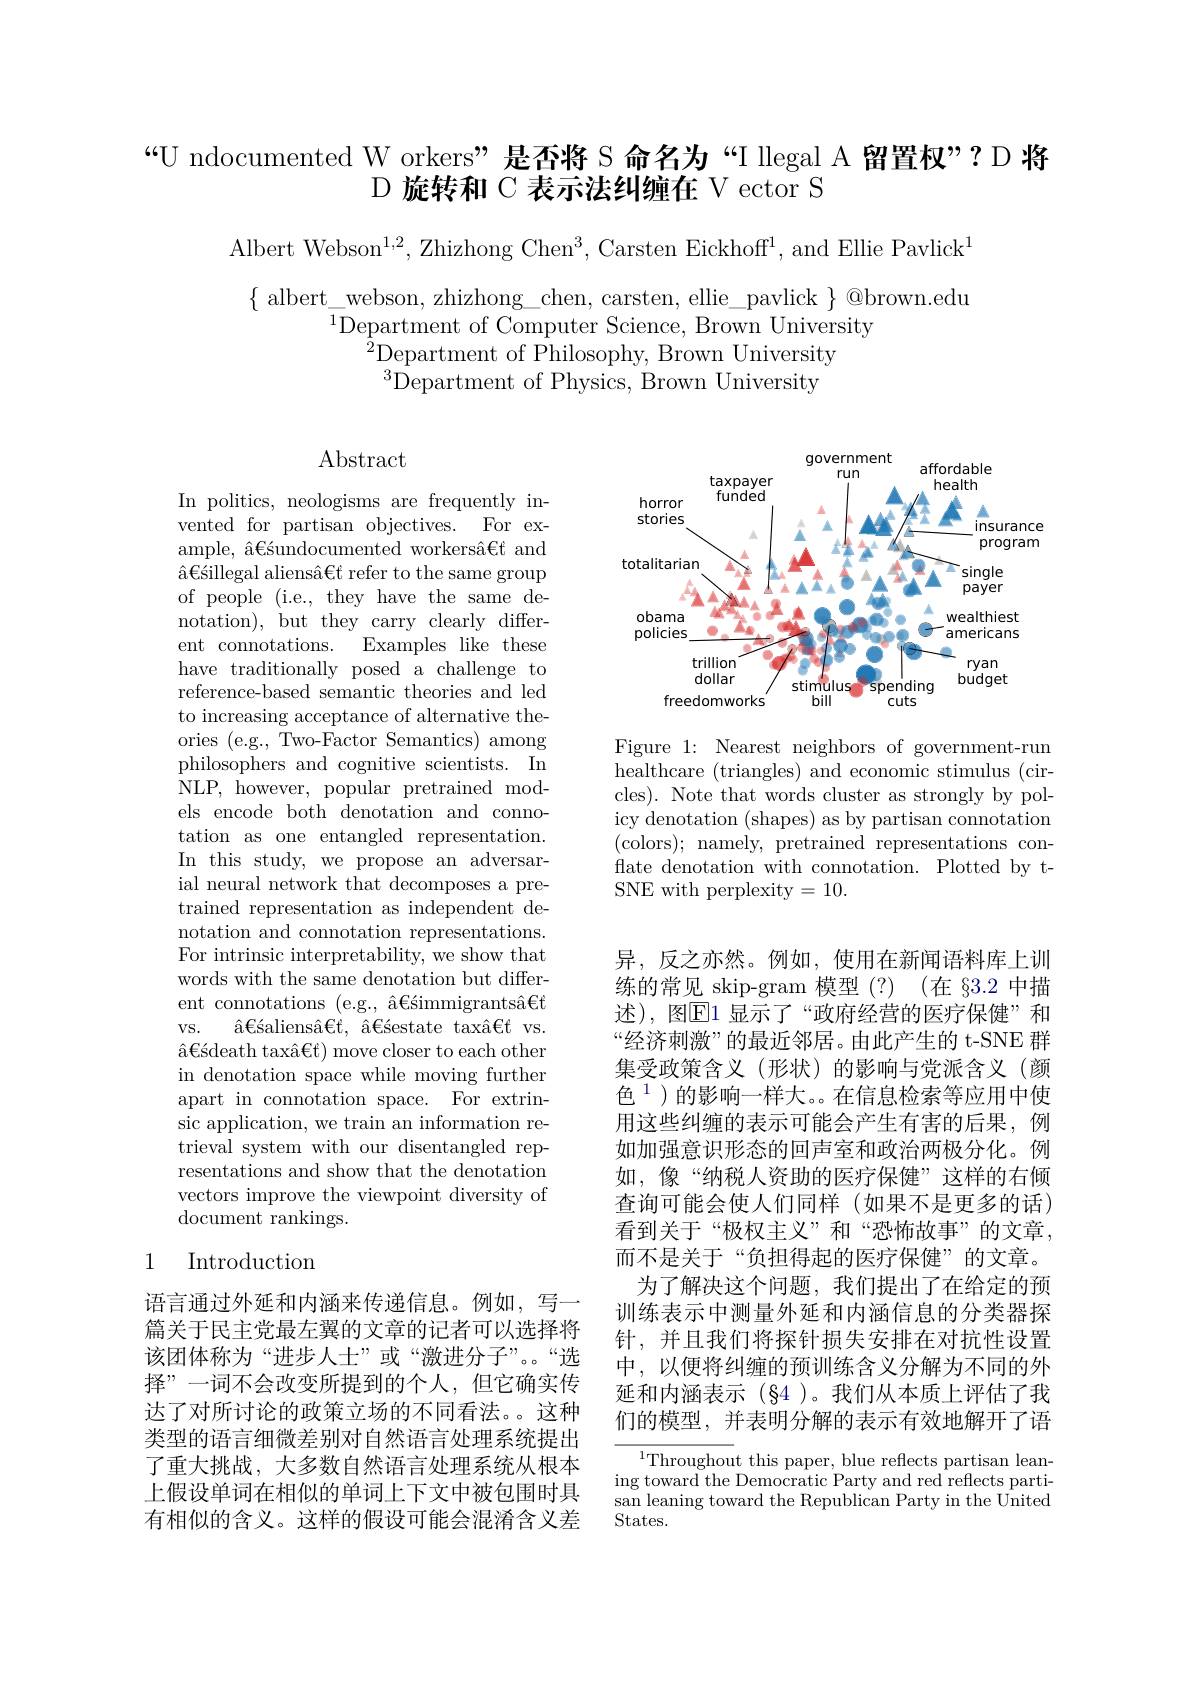
“U ndocumented W orkers”是否将 S 命名为“I llegal A 留置权”?D 将

# D 旋转和 C 表示法纠缠在 V ector S

Albert Webson$^1,2$, Zhizhong Chen$^3$, Carsten Eickhoff$^1$, and Ellie Pavlick$^1$

$\{$albert webson, zhizhong\_chen, carsten, ellie\_pavlick$\}@$brown.edu
$^{1}$Department of Computer Science, Brown University
$^{\dot{2}}$Department of Philosophy, Brown University $^{3}{\mathrm{Department~of~Physics,~Brown~University}}$

Abstract

<FigureHere>

Figure 1: Nearest neighbors of government-run healthcare (triangles) and economic stimulus (circles). Note that words cluster as strongly by policy denotation (shapes) as by partisan connotation (colors); namely, pretrained representations conflate denotation with connotation. Plotted by tSNE with perplexity=10.

In politics, neologisms are frequently invented for partisan objectives. For example, â€śundocumented workersâ€t and $\text{\^ {a}€ \' {s}illegalaliens\^ {a}€ trefertothesamegroup}$ of people (i.e., they have the same denotation), but they carry clearly different connotations. Examples like these have traditionally posed a challenge to reference-based semantic theories and led to increasing acceptance of alternative theories (e.g., Two-Factor Semantics) among philosophers and cognitive scientists. In NLP, however, popular pretrained models encode both denotation and connotation as one entangled representation. In this study, we propose an adversarial neural network that decomposes a pretrained representation as independent denotation and connotation representations. For intrinsic interpretability, we show that words with the same denotation but different connotations (e.g., â€śimmigrantsâ€t $VS.$
$\text{\^ {a}€ \' {s}aliens\^ {a}€ t, \^ {a}€ \' {s}estatetax\^ {a}€ tvs. }$ $\text{\^ {a}€ \' {s}deathtax\^ {a}€ f) moveclosertoeachother}$ in denotation space while moving further apart in connotation space. For extrinsic application, we train an information retrieval system with our disentangled representations and show that the denotation vectors improve the viewpoint diversity of document rankings.

异，反之亦然。例如，使用在新闻语料库上训练的常见 skip-gram 模型(?) (在 §3.2 中描述),图$\overline{\mathrm{E}}$1 显示了“政府经营的医疗保健”和“经济刺激”的最近邻居。由此产生的 t-SNE 群集受政策含义(形状)的影响与党派含义(颜色$^{1}$)的影响一样大。。在信息检索等应用中使用这些纠缠的表示可能会产生有害的后果，例如加强意识形态的回声室和政治两极分化。例如，像“纳税人资助的医疗保健”这样的右倾查询可能会使人们同样(如果不是更多的话) 看到关于“极权主义”和“恐怖故事”的文章， 而不是关于“负担得起的医疗保健”的文章。
为了解决这个问题，我们提出了在给定的预训练表示中测量外延和内涵信息的分类器探针，并且我们将探针损失安排在对抗性设置中，以便将纠缠的预训练含义分解为不同的外延和内涵表示(§4)。我们从本质上评估了我们的模型，并表明分解的表示有效地解开了语

## 1 Introduction

语言通过外延和内涵来传递信息。例如，写一篇关于民主党最左翼的文章的记者可以选择将该团体称为“进步人士”或“激进分子”。“选择”一词不会改变所提到的个人，但它确实传达了对所讨论的政策立场的不同看法。。这种类型的语言细微差别对自然语言处理系统提出了重大挑战，大多数自然语言处理系统从根本上假设单词在相似的单词上下文中被包围时具有相似的含义。这样的假设可能会混淆含义差

${}^{1}$Throughout this paper, blue reflects partisan leaning toward the Democratic Party and red reflects partisan leaning toward the Republican Party in the United States.